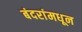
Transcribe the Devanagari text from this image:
बंदरांमधून